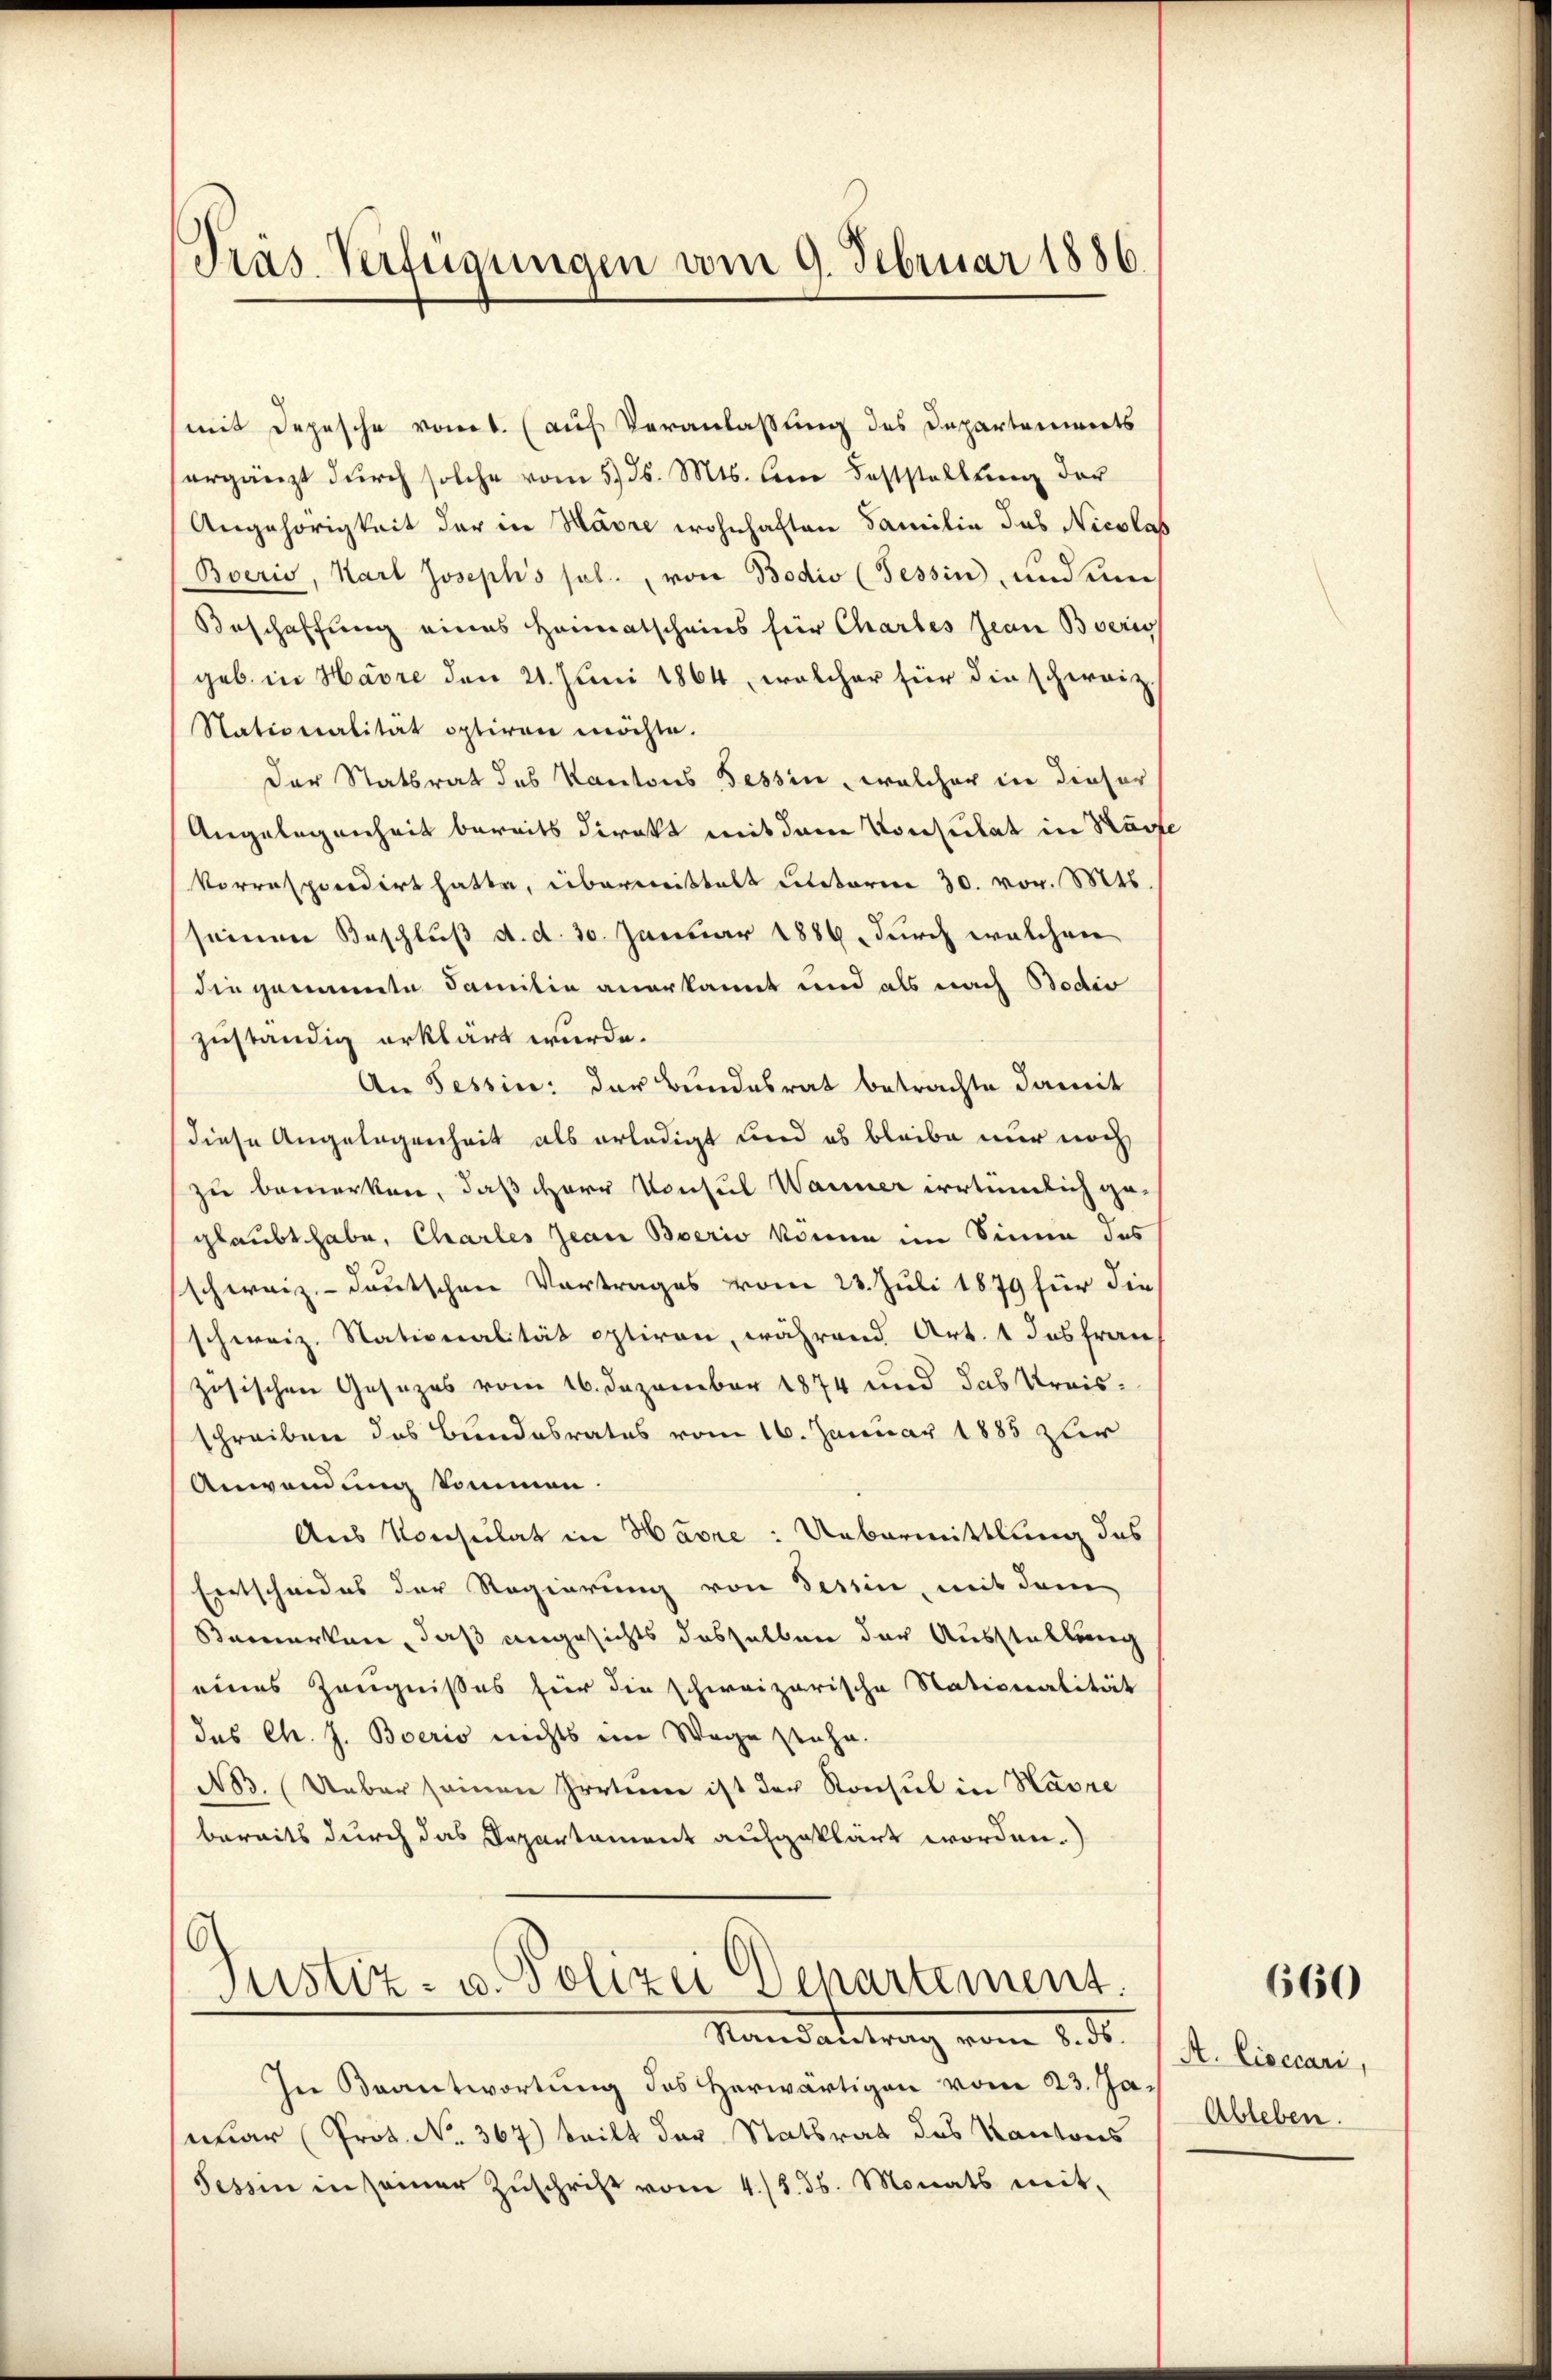
Pras. Verfügungen am 9. Februar 1886.

mit Depesche vomt. (auf Veranlassung des Departenwerts
ergänzt durch solche vom 5. ds. Mts. Am Feststellung der
Angehörigkeit der in Havre wohnhaften Familie das Nicolas
Bveris, Karl Joseph's sel. von Bodio (Tessin, und ein
Beschaffung eines Heimatscheins für Chartes Jean Boerin
geb. in Havre den 21. Juni 1864, welcher für die schweiz
Nationalität optiren möchte.
Der Statsrat des Kantons Tessin, welcher in dieser
Angelegenheit bereits direkt mit dem Konsulat in Ruf
korrespondirt hatte, überweistalt unterm 30. vor. Mts.
seinen Beschluß d. d. 30. Januar 1886, durch welchen
die genannte Familie anerkannt und als nach Bodis
zuständig erklärt wurde.
An Tessin: der Bundesrat betrachte damit
diese Angelegenheit als erledigt und es bleibe nur noch
zu bemerken, daß Herr Konsul Wanner irrtümlich geglaubt habe, Chartes Jean Boerio könne im Sinne des
schweiz.- deutschen Vortrages vom 23. Juli 1879 für die
schweiz. Stationalität optiren, während Art. 1 das fran
zösischen Gesezes vom 16. Dezember 1874 und das Kreisschreiben das Bundesrates vom 16. Januar 1885 zur
Anwendung kommen.
Aus Konsulat in Havre : Uebermittlung das
Entscheides der Regierung von Tessin, mit dem
Bemerken, daß angesichts dasselben der Ausstellung
eines Zeugnißes für die schweizerische Nationalität
das Ch. J. Boerio nichts im Wege stehe.
A3. Ueber seinen Irrten ist der Konsul in Havre
bereits durch das Departament aufgeklärt worden.)

6
Justiz- u. Polizei Departement.

Mandantrag vom 8. d.
In Beantwortung des herwärtigen vom 23. Ja,
war (Prot. No. 367) teilt der Statsrat des Kantons
Tessin in seiner Zŭschrift vom 4./8. ds. Monats mit-

660

A. Lieccari,
Ableben.